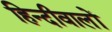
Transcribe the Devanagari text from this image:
हिन्दीवालों